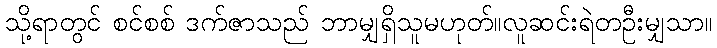
သို့ရာတွင် စင်စစ် ဒက်ဇာသည် ဘာမျှရှိသူမဟုတ်။လူဆင်းရဲတဦးမျှသာ။